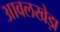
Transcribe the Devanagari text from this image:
आवलखेड़ा